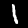
Digit: 1